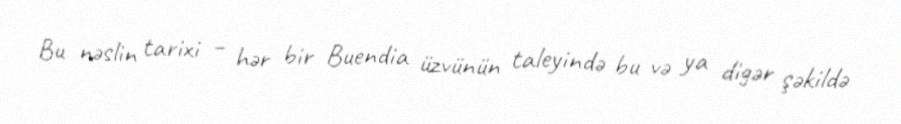
Bu nəslin tarixi – hər bir Buendia üzvünün taleyində bu və ya digər şəkildə